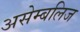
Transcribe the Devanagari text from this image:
असेम्बलिज